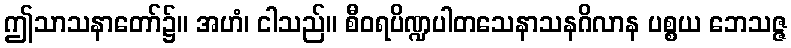
ဤသာသနာတော်၌။ အဟံ၊ ငါသည်။ စီဝရပိဏ္ဍပါတသေနာသနဂိလာန ပစ္စယ ဘေသဇ္ဇ